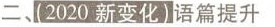
二、【2020新变化】语篇提升